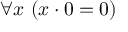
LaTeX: \forall x \ ( x \cdot 0 = 0 )